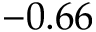
- 0 . 6 6